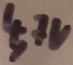
Text: 4,7V